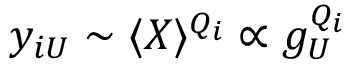
y _ { i U } \sim \langle X \rangle ^ { Q _ { i } } \propto g _ { U } ^ { Q _ { i } }